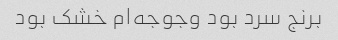
برنج سرد بود و‌جوجه‌ام خشک بود